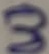
Text: 3